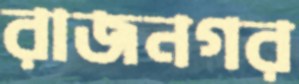
রাজনগর